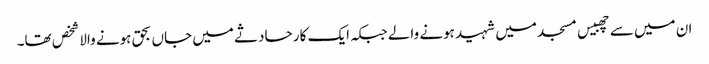
ان میں سے چھبیس مسجد میں شہید ہونے والے جبکہ ایک کار حادثے میں جاں بحق ہونے والا شخص تھا۔